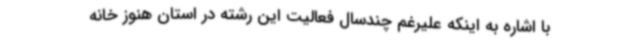
با اشاره به اینکه علیرغم چندسال فعالیت این رشته در استان هنوز خانه